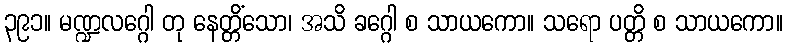
၃၉၁။ မဏ္ဍလဂ္ဂေါ တု နေတ္တိံသော၊ အသိ ခဂ္ဂေါ စ သာယကော။ သရော ပတ္တိ စ သာယကော။